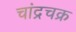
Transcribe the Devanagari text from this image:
चांद्रचक्र